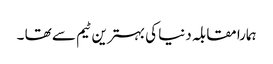
ہمارا مقابلہ دنیا کی بہترین ٹیم سے تھا ۔